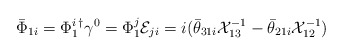
\begin{align*}\bar{\Phi}_{1i}= \Phi_{1}^{i}{}^{\dagger}\gamma^{0}=\Phi_{1}^{j}{\cal E}_{ji}=i(\bar{\theta}_{31i}{\cal X}_{13}^{-1}-\bar{\theta}_{21i}{\cal X}_{12}^{-1})\end{align*}